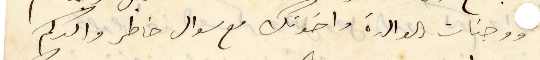
ووجنات الوالدة واخوتك مع سوال خاطر والدكم